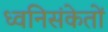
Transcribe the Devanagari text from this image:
ध्वनिसंकेतों